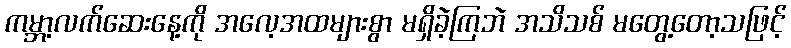
ကမ္ဘာ့လက်ဆေးနေ့ကို အလေ့အထများစွာ မရှိခဲ့ကြဘဲ အသိသစ် မတွေ့တော့သဖြင့်